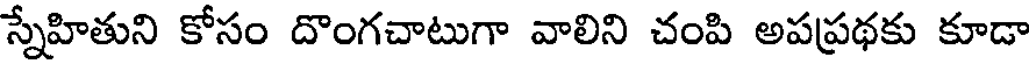
స్నేహితుని కోసం దొంగచాటుగా వాలిని చంపి అపప్రథకు కూడా